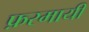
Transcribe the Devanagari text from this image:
फ़रमायी